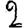
Digit: 2